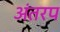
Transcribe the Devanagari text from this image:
अंतरप